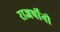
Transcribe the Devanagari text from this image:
राजर्षीनी